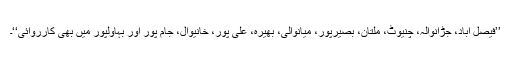
’’فیصل آباد، جڑانوالہ، چنیوٹ، ملتان، بصیرپور، میانوالی، بھیرہ، علی پور، خانیوال، جام پور اور بہاولپور میں بھی کارروائی‘‘۔